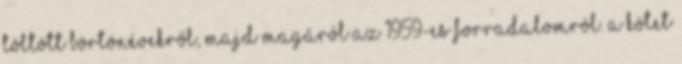
töltött börtönévekről, majd magáról az 1959-es forradalomról. A kötet